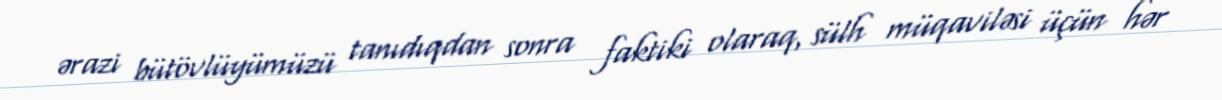
ərazi bütövlüyümüzü tanıdıqdan sonra faktiki olaraq, sülh müqaviləsi üçün hər